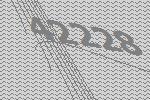
42228